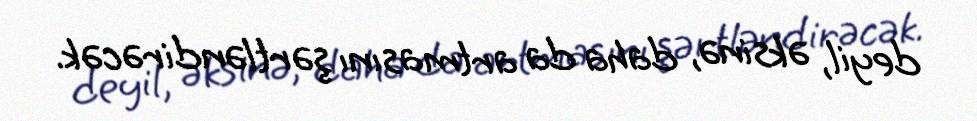
deyil, əksinə, daha da artmasını şərtləndirəcək.